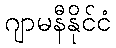
ဂျာမနီနိုင်ငံ